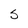
Character: 5